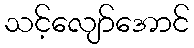
သင့်လျော်အောင်